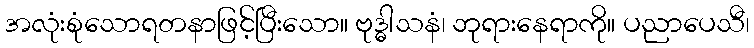
အလုံးစုံသောရတနာဖြင့်ပြီးသော။ ဗုဒ္ဓါသနံ၊ ဘုရားနေရာကို။ ပညာပေသီ၊